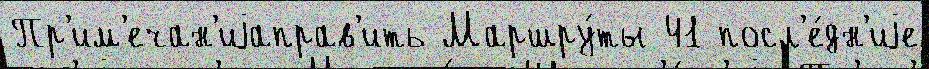
Пр'им'ечан'иjаправ'ить Маршру́ты 41 посл'е́дн'иjе